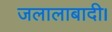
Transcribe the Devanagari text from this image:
जलालाबादी।